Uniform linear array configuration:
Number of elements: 64
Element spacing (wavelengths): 1
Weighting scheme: cosine
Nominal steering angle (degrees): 60
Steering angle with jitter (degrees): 61.108
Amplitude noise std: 0.05
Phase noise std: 0.05

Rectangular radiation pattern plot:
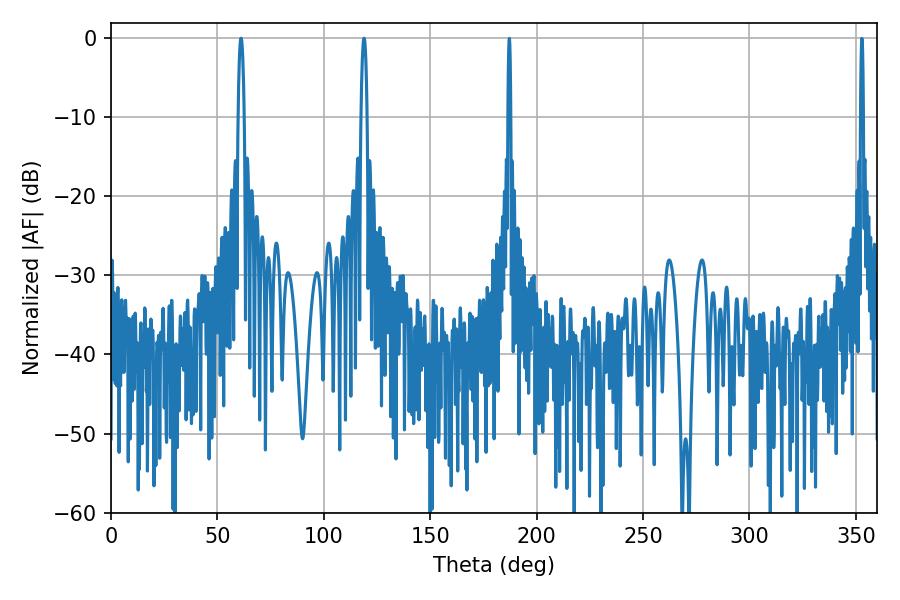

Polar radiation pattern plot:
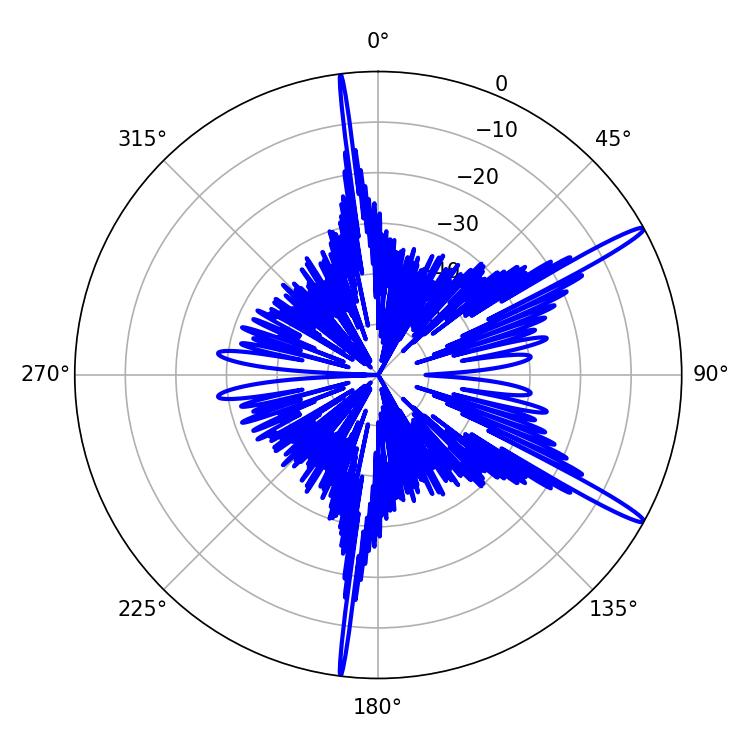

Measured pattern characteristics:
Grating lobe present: TRUE
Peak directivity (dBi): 15.752
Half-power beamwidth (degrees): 1.62
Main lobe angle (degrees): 61.02